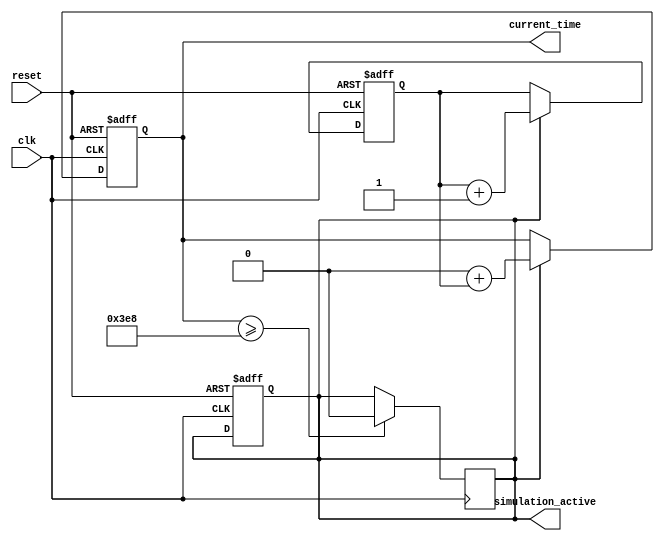
module simulation_time_initialization #(
    parameter integer START_TIME = 0, // Default start time
    parameter integer TIME_RESOLUTION = 1 // Default time resolution (in arbitrary units)
)(
    input wire clk, // Clock signal for simulation timing
    input wire reset, // Reset signal to initialize the simulation
    output reg [31:0] current_time, // Current simulation time
    output reg simulation_active // Flag indicating if the simulation is active
);

    // Internal states
    reg [31:0] time_counter; // Time counter for elapsed simulation time

    // Initialization process
    initial begin
        current_time = START_TIME; // Set current time to start time
        time_counter = 0; // Initialize time counter to zero
        simulation_active = 1; // Set simulation active flag to true
    end

    // Always block to handle clock events
    always @(posedge clk or posedge reset) begin
        if (reset) begin
            // Reset conditions
            current_time <= START_TIME; // Reset current time to start time
            time_counter <= 0; // Reset time counter
            simulation_active <= 1; // Set simulation active flag to true
        end else if (simulation_active) begin
            // Update simulation time based on time resolution
            time_counter <= time_counter + TIME_RESOLUTION; // Increment time counter
            current_time <= START_TIME + time_counter; // Update current time
        end
    end

    // Termination conditions (example: stop simulation after a certain time)
    always @(posedge clk) begin
        if (current_time >= 1000) begin // Example termination condition
            simulation_active <= 0; // Deactivate simulation
        end
    end

endmodule